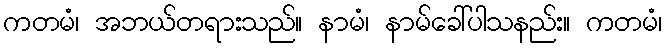
ကတမံ၊ အဘယ်တရားသည်။ နာမံ၊ နာမ်ခေါ်ပါသနည်း။ ကတမံ၊